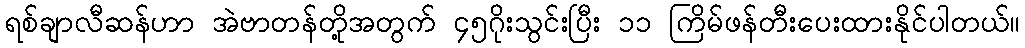
ရစ်ချာလီဆန်ဟာ အဲဗာတန်တို့အတွက် ၄၅ဂိုးသွင်းပြီး ၁၁ ကြိမ်ဖန်တီးပေးထားနိုင်ပါတယ်။